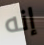
إنه